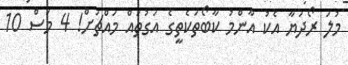
މުލަ ރޯދަޔާ އެކު އާންމު ކާބޯތަކެތީގެ އަގުތައް މައްޗަށް! 4 މަސް 10